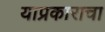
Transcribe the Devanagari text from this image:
याप्रकाराचा